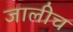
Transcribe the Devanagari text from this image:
जालीच